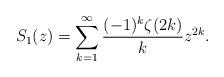
LaTeX: \begin{align*}S_1(z) = \sum_{k=1}^\infty \frac{(-1)^k \zeta(2k)}{k} z^{2k}.\end{align*}